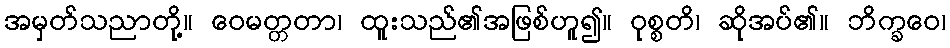
အမှတ်သညာတို့။ ဝေမတ္တတာ၊ ထူးသည်၏အဖြစ်ဟူ၍။ ဝုစ္စတိ၊ ဆိုအပ်၏။ ဘိက္ခဝေ၊